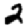
Digit: 2